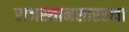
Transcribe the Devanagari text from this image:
राजस्थानसारख्या